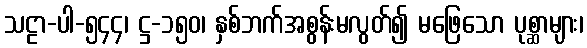
သဠာ-ပါ-၅၄၄၊ ဋ္ဌ-၁၅၀၊ နှစ်ဘက်အစွန်းမလွတ်၍ မဖြေသော ပုစ္ဆာများ၊